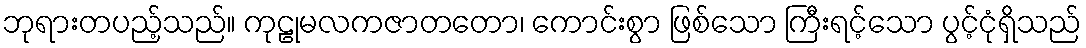
ဘုရားတပည့်သည်။ ကုဠုမလကဇာတတော၊ ကောင်းစွာ ဖြစ်သော ကြီးရင့်သော ပွင့်ငုံရှိသည်